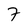
Character: 7